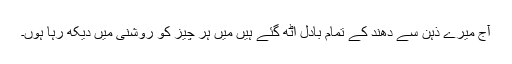
آج میرے ذہن سے دُھند کے تمام بادل اُٹھ گئے ہیں میں ہر چیز کو روشنی میں دیکھ رہا ہوں۔